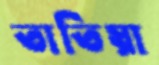
তাতিয়া